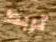
تربط